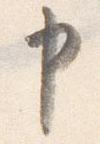
申